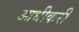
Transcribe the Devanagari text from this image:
आधीकरी